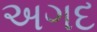
અગદ